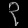
Digit: ၃